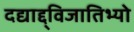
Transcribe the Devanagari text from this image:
दद्याद्द्विजातिभ्यो